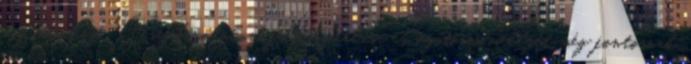
megírásához. A szakirodalom felhasználása és segítőim mellett még fontosnak